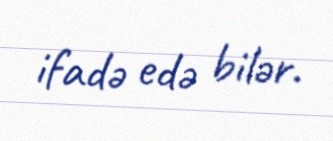
ifadə edə bilər.